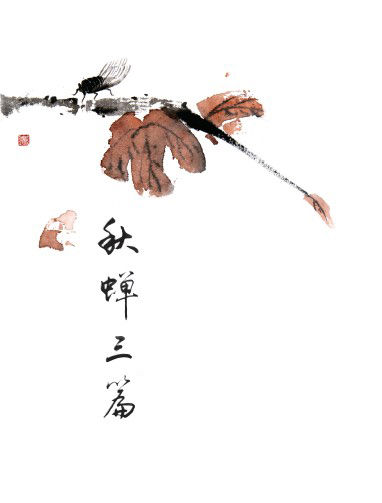
居高声自远，非是藉秋风。